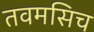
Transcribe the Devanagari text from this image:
तवमसिच